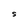
Character: S